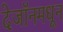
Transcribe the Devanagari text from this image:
देजॉनमधून